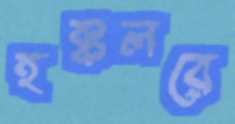
হক্কলরে